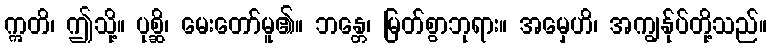
ဣတိ၊ ဤသို့။ ပုစ္ဆိ၊ မေးတော်မူ၏။ ဘန္တေ၊ မြတ်စွာဘုရား။ အမှေဟိ၊ အကျွန်ုပ်တို့သည်။